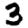
Digit: 3